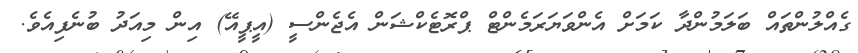
ގެއްލުންތައް ބަަލަމުންދާ ކަމަށް އެންވަޔަރަމެންޓް ޕްރޮޓެކްޝަން އެޖެންސީ (އީޕީއޭ) އިން މިއަދު ބުނެފިއެވެ.